Tezpur Lunatic Asylum reports 1877-1894 - 1877-1894
Year: 1877
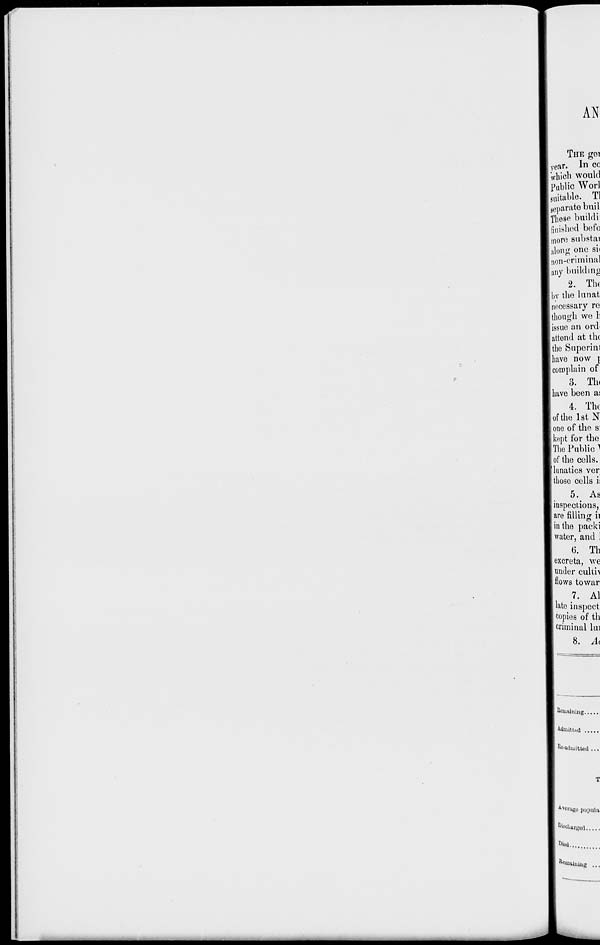
AN
THE gei
yea r. In cc
which would
Public Worl
suitable. Tl
separate buil
The so build i
finished befo
more substai
along one sii
n on-criminal
any building
2. Tbc
bv the lunat
necessary re
though we li
issue an ord<
attend at the
the Superinl
have now \
complain of
3. Tlu
i have been as
4. The
of the 1st N
one of the S'
kept for the
The Public 1
of the cells,
[lunatics ver
those cells i:
5. As
inspections,
are filling ii
in the packi
water, and 1
6. Th
excreta, we
under culth
flows towar
7. Al
late inspect
copies of th
criminal lui
8. Ac
Eci "luning.
Emitted
^•admitted . •
Average iiupula
Discharged
Died
Re "Uttiui ug ...